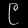
Digit: ၉